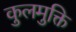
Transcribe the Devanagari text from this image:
कुलमुक्ति